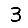
Digit: 3